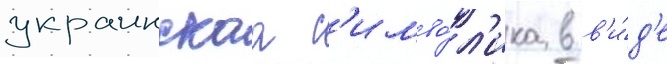
украинскаа с'имво́л'ика в в'и́д'е